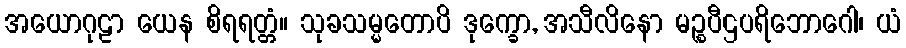
အယောဂုဠာ ယေန စိရရတ္တံ။ သုခသမ္မတောပိ ဒုက္ခော, အသီလိနော မဉ္စပီဌပရိဘောဂေါ၊ ယံ